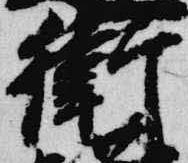
衛